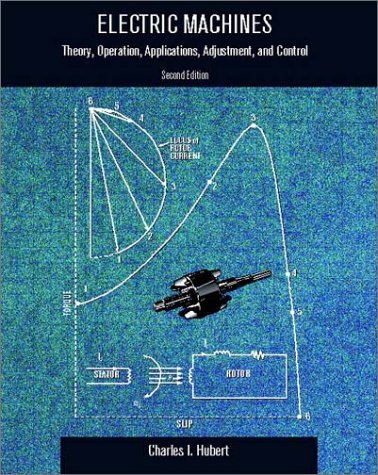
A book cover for Electric Machines: Theory, Operating Applications, and Controls (2nd Edition); Charles I. Hubert; Science & Math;